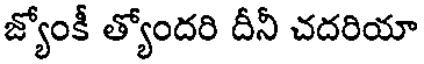
జ్యోంకీ త్యోందరి దీనీ చదరియా